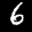
Label: 6